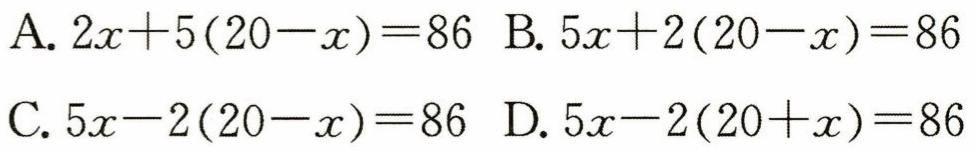
A. \(2x + 5(20 - x)=86\) B. \(5x + 2(20 - x)=86\)

C. \(5x - 2(20 - x)=86\) D. \(5x - 2(20 + x)=86\)